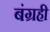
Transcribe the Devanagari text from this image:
बंग्रही